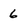
Character: 6